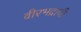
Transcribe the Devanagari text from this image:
वीरभद्राची